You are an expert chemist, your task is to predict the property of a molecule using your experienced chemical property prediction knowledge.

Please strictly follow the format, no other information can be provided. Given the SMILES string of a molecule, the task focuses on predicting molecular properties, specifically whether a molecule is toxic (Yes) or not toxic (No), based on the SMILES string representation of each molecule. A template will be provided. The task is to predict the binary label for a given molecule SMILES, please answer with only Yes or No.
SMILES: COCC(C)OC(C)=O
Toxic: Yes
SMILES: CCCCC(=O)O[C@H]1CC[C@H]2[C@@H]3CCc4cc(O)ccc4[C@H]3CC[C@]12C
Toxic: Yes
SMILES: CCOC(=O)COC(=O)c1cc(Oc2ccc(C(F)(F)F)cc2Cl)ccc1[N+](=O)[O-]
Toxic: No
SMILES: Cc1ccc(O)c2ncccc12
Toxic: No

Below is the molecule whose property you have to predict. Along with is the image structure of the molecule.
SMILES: CCn1cc[n+](C)c1.COS(=O)(=O)[O-]
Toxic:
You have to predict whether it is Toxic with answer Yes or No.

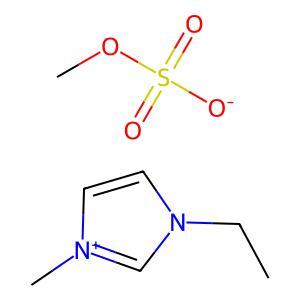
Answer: No